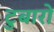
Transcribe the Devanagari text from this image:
टुबारो